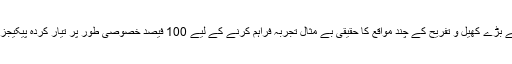
جے1 دنیا کے سب سے بڑے کھیل و تفریح کے چند مواقع کا حقیقی بے مثال تجربہ فراہم کرنے کے لیے 100 فیصد خصوصی طور پر تیار کردہ پیکیجز میں مہارت رکھے گا۔